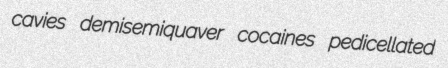
cavies demisemiquaver cocaines pedicellated